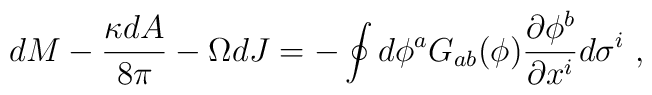
dM -  {\kappa dA\over 8\pi} - \Omega dJ =- \oint{d\phi^a G_{ab}(\phi){\partial \phi^b \over \partial x^i } d\sigma^i }\ ,